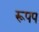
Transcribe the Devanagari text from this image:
रूपप